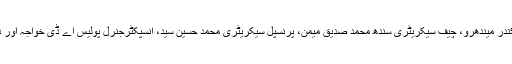
صوبائی وزیر کوسٹل ڈیولپمنٹ اتھارٹی ڈاکٹر سکندر میندھرو، چیف سیکریٹری سندھ محمد صدیق میمن، پرنسپل سیکریٹری محمد حسین سید، انسپکٹرجنرل پولیس اے ڈی خواجہ اور دیگر متعلقہ افسران بھی اس موقع پر موجود تھے۔